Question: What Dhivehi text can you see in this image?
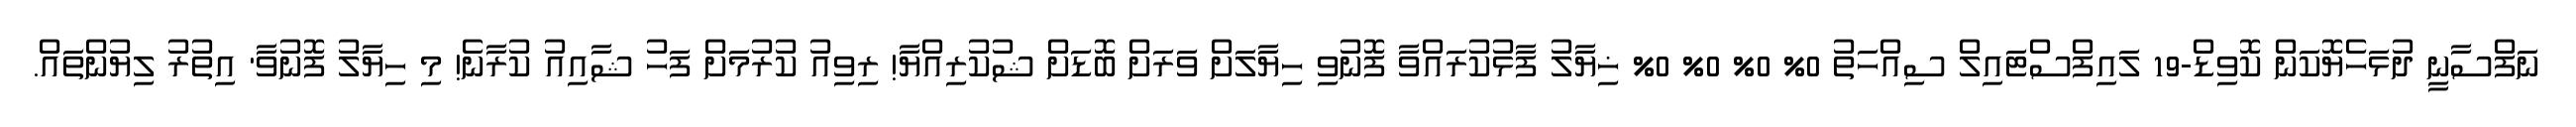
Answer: ނަފްސާނީ ދުޅަހެޔޮކަން ކޮވިޑް-19 ލައިފްސްޓައިލް ސިއްހަތު 0% 0% 0% 0% ޚިޔާލު ފާޅުކުރައްވާ ފޮނުވި ހިޔާލަށް ވަރަށް ބޮޑަށް ޝުކުރިއްޔާ! ރިވިއު ކުރުމަށް ފަހު ޝާއިއު ކުރާނެ! މި ހިޔާލު ފޮނުވާ' އިތުރު ލިޔުންތައް.